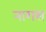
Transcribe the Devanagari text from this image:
नागस